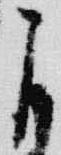
自